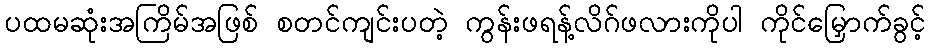
ပထမဆုံးအကြိမ်အဖြစ် စတင်ကျင်းပတဲ့ ကွန်းဖရန့်လိဂ်ဖလားကိုပါ ကိုင်မြှောက်ခွင့်